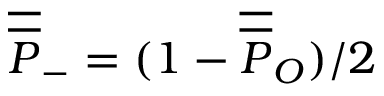
{ \overline { { \overline { P } } } _ { - } } = ( 1 - { \overline { { \overline { P } } } _ { O } } ) / 2